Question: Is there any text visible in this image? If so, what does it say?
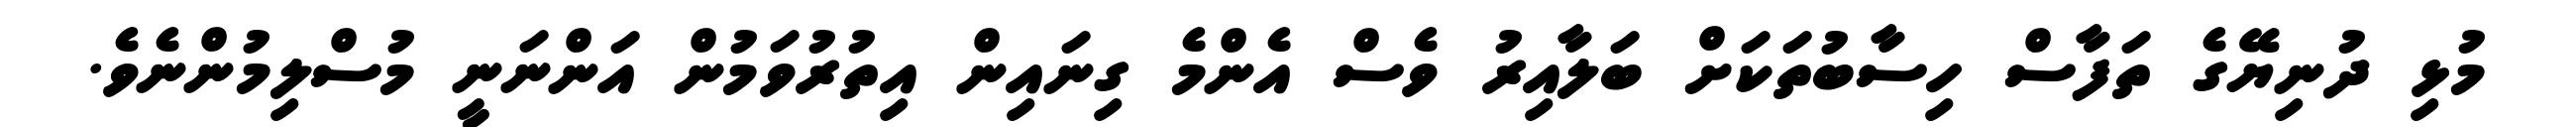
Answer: މުޅި ދުނިޔޭގެ ތަފާސް ހިސާބުތަކަށް ބަލާއިރު ވެސް އެންމެ ގިނައިން އިތުރުވަމުން އަންނަނީ މުސްލިމުންނެވެ.